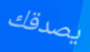
يصدقك